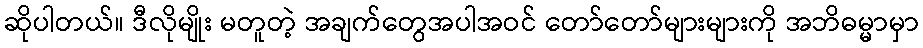
ဆိုပါတယ်။ ဒီလိုမျိုး မတူတဲ့ အချက်တွေအပါအဝင် တော်တော်များများကို အဘိဓမ္မာမှာ